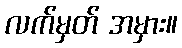
လက်မှတ် အမှား။